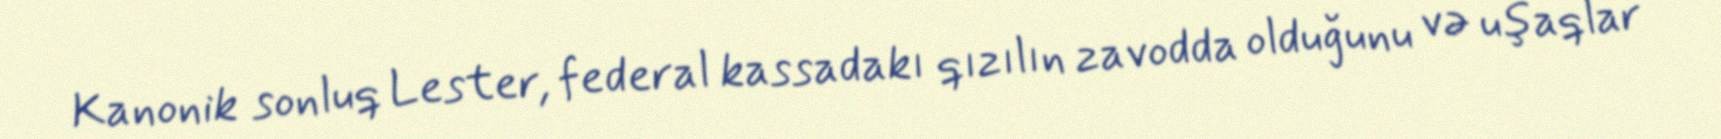
Kanonik sonluq Lester, federal kassadakı qızılın zavodda olduğunu və uşaqlar